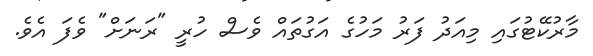
މާރުކޭޓުގައި މިއަދު ފަރު މަހުގެ އަގުތައް ވެސް ހުރީ "ރަނަށް" ވެފަ އެވެ.